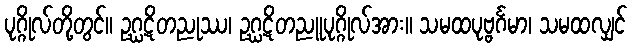
ပုဂ္ဂိုလ်တို့တွင်။ ဥဂ္ဃဋိတညုဿ၊ ဥဂ္ဃဋိတညူပုဂ္ဂိုလ်အား။ သမထပုဗ္ဗင်္ဂမာ၊ သမထလျှင်